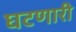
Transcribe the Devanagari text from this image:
घटणारी